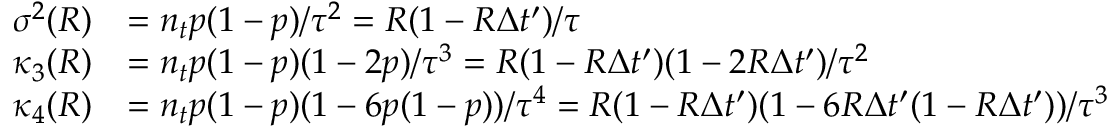
\begin{array} { r l } { \sigma ^ { 2 } ( R ) } & { = n _ { t } p ( 1 - p ) / \tau ^ { 2 } = R ( 1 - R \Delta t ^ { \prime } ) / \tau } \\ { \kappa _ { 3 } ( R ) } & { = n _ { t } p ( 1 - p ) ( 1 - 2 p ) / \tau ^ { 3 } = R ( 1 - R \Delta t ^ { \prime } ) ( 1 - 2 R \Delta t ^ { \prime } ) / \tau ^ { 2 } } \\ { \kappa _ { 4 } ( R ) } & { = n _ { t } p ( 1 - p ) ( 1 - 6 p ( 1 - p ) ) / \tau ^ { 4 } = R ( 1 - R \Delta t ^ { \prime } ) ( 1 - 6 R \Delta t ^ { \prime } ( 1 - R \Delta t ^ { \prime } ) ) / \tau ^ { 3 } } \end{array}